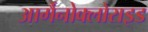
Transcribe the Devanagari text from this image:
आर्गैनोक्लोराइड